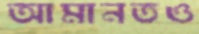
আমানতও